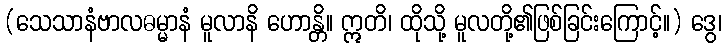
(သေသာနံဗာလဓမ္မာနံ မူလာနိ ဟောန္တိ။ ဣတိ၊ ထိုသို့ မူလတို့၏ဖြစ်ခြင်းကြောင့်။) ဒွေ၊